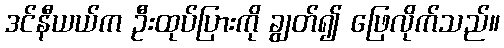
ဒင်နီယယ်က ဦးထုပ်ပြားကို ချွတ်၍ ဖြေလိုက်သည်။